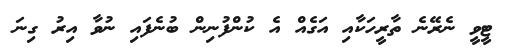
ޓީވީ ނެރޭނެ ތާރީހަކާއި އަގެއް އެ ކުންފުނިން ބުނެފައި ނުވާ އިރު ގިނަ